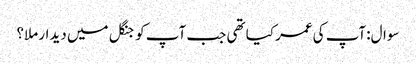
سوال:آپ کی عمر کیا تھی جب آپ کو جنگل میں دیدار ملا؟